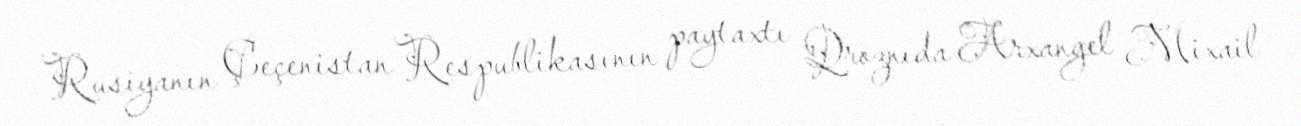
Rusiyanın Çeçenistan Respublikasının paytaxtı Qroznıda Arxangel Mixail